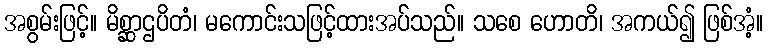
အစွမ်းဖြင့်။ မိစ္ဆာဌပိတံ၊ မကောင်းသဖြင့်ထားအပ်သည်။ သစေ ဟောတိ၊ အကယ်၍ ဖြစ်အံ့။